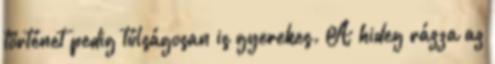
történet pedig túlságosan is gyerekes. A hideg rázza az